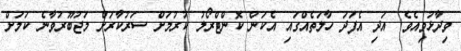
ވިދާޅުވިއެވެ. އަދި އެފަދަ ހާލަތެއްގައި އެކަން ކޮންޓްރޯލު ކުރުމަށް ސަރުކާރަށް މަޖުބޫރުވާނެ ކަމަށް